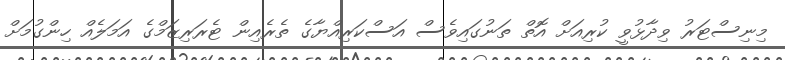
މިނިސްޓަރު ވިދާޅުވީ ކުރިއަށް އޮތް ތަނުގައިވެސް އަސްކަރިއްޔާގެ ތެރެއިން ޓެރަރިޒަމްގެ އަމަލެއް ހިންގުމަށް